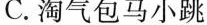
C.淘气包马小跳